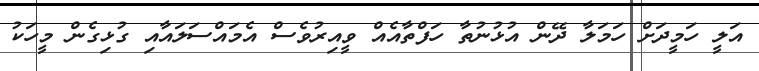
އަލީ ހަމީދަށް ހަމަލާ ދޭން އުޅުނުތާ ހަފްތާއެއް ވީއިރުވެސް އެމައްސަލައާއި ގުޅިގެން މީހަކު